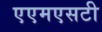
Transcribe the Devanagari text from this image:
एएमएसटी